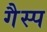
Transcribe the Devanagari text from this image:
गैस्प